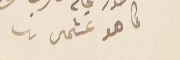
كما هو عشمى